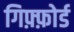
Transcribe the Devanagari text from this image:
गिफ़्फ़ोर्ड